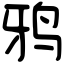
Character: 鸦